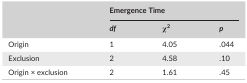
| <ROWSPAN=2>  | <COLSPAN=3> Emergence Time |
 | df | χ2 | p |
 | --- | --- | --- | --- |
 | Origin | 1 | 4.05 | .044 |
 | Exclusion | 2 | 4.58 | .10 |
 | Origin × exclusion | 2 | 1.61 | .45 |